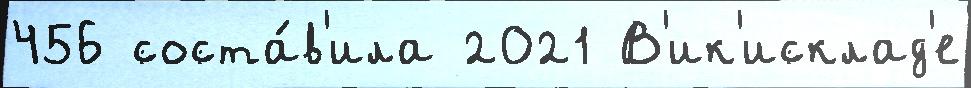
456 соста́в'ила 2021 В'ик'исклад'е